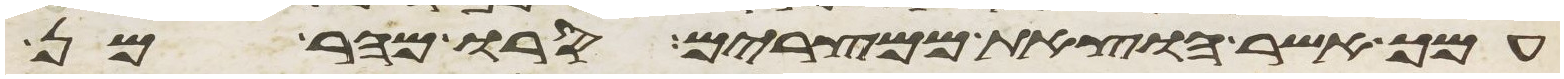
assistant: עמך אשר הוצאת ממצרים סרו מהר מן